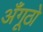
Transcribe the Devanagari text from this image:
अँगूठो